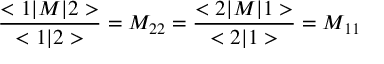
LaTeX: \frac { < 1 | { \cal M } | 2 > } { < 1 | 2 > } = { \cal M } _ { 2 2 } = \frac { < 2 | { \cal M } | 1 > } { < 2 | 1 > } = { \cal M } _ { 1 1 }